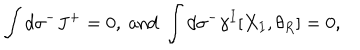
\int d \sigma ^ { - } J ^ { + } = 0 , \mathrm { ~ a n d ~ } \int d \sigma ^ { - } \gamma ^ { I } [ X _ { I } , \theta _ { R } ] = 0 ,